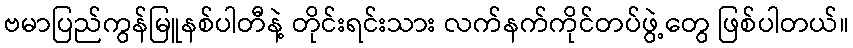
ဗမာပြည်ကွန်မြူနစ်ပါတီနဲ့ တိုင်းရင်းသား လက်နက်ကိုင်တပ်ဖွဲ့တွေ ဖြစ်ပါတယ်။